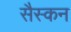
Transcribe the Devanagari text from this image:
सैस्कन